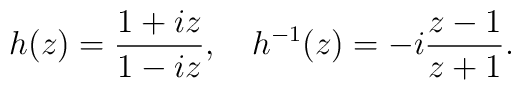
h(z)=\frac{1+iz}{1-iz}, \quad h^{-1}(z)=-i\frac{z-1}{z+1}.